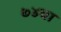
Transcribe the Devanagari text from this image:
७४वा